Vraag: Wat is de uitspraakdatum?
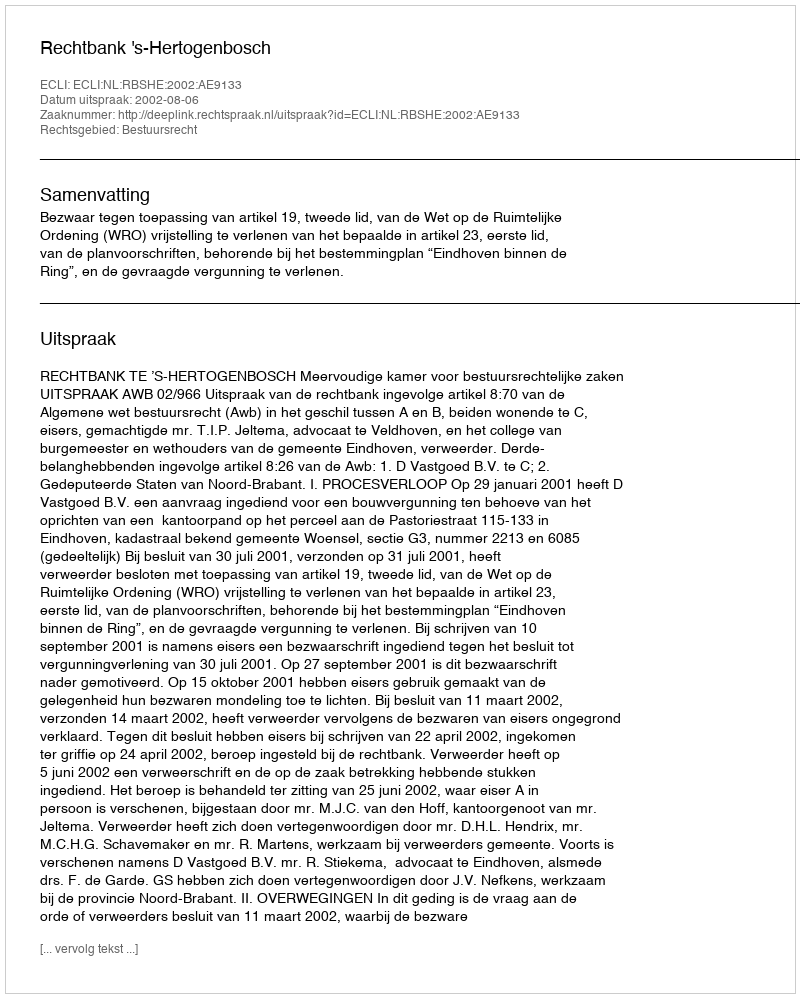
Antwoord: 2002-08-06